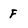
Character: f